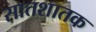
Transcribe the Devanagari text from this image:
सातशातक